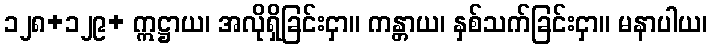
၁၂၈+၁၂၉+ ဣဋ္ဌာယ၊ အလိုရှိခြင်းငှာ။ ကန္တာယ၊ နှစ်သက်ခြင်းငှာ။ မနာပါယ၊